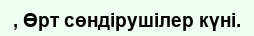
, Өрт сөндірушілер күні.